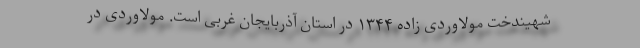
شهیندخت مولاوردی زاده ۱۳۴۴ در استان آذربایجان غربی است. مولاوردی در